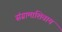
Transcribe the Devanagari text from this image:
संग्रामाशिवाय